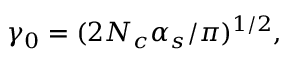
\gamma _ { 0 } = ( 2 N _ { c } \alpha _ { s } / \pi ) ^ { 1 / 2 } ,